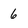
Character: 6